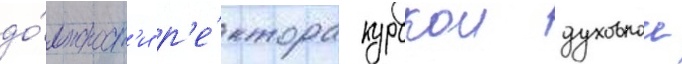
до́лжност'и р'е́ктора курскои духовнои